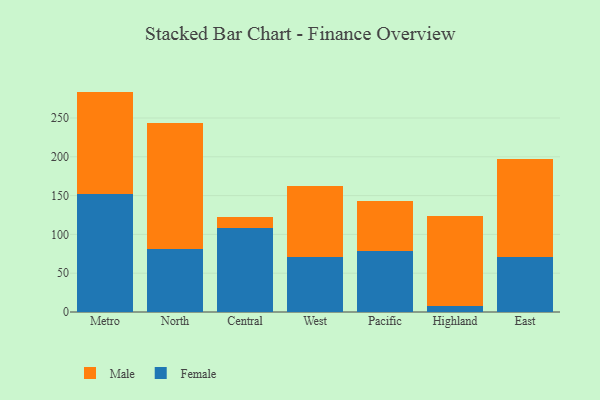
{"axis": {"x": "Region", "y": "Temperature (°C)"}, "legend": ["Female", "Male"], "data": [{"x": "Metro", "y": 152.3, "type": "Female"}, {"x": "Metro", "y": 131.7, "type": "Male"}, {"x": "North", "y": 81.1, "type": "Female"}, {"x": "North", "y": 162.6, "type": "Male"}, {"x": "Central", "y": 107.8, "type": "Female"}, {"x": "Central", "y": 14.3, "type": "Male"}, {"x": "West", "y": 71.4, "type": "Female"}, {"x": "West", "y": 91.0, "type": "Male"}, {"x": "Pacific", "y": 78.0, "type": "Female"}, {"x": "Pacific", "y": 64.6, "type": "Male"}, {"x": "Highland", "y": 7.5, "type": "Female"}, {"x": "Highland", "y": 116.8, "type": "Male"}, {"x": "East", "y": 71.0, "type": "Female"}, {"x": "East", "y": 125.7, "type": "Male"}]}